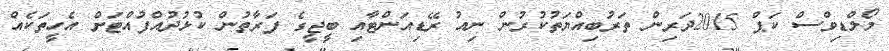
މޯލްޑިވްސް ކަޕް 2015ދަރިން ތަރުބިއްޔަތުކުރުން ނިއު ރޭޑިއަންޓާއި ބީޖީގެ ފަރާތުން ކުޅުދުއްފުއްޓަށް އެހީތަކެއް